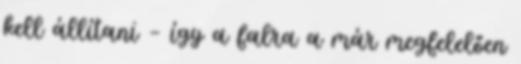
kell állítani — így a falra a már megfelelően